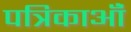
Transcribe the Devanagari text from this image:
पत्रिकाऑं